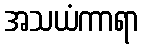
အသယံကာရာ